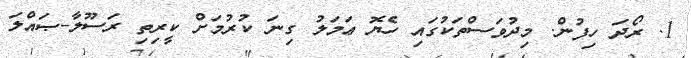
1. ރޯދަ ހިފުން. މިދުވަސްތަކުގައި ހެޔޮ ޢަމަލު ގިނަ ކުރުމަށް ކީރިތި ރަސޫލާ-ޞައްލަ